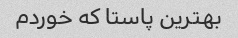
بهترین پاستا که خوردم